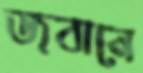
জবানে